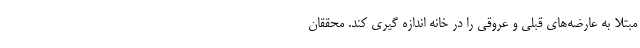
مبتلا به عارضه‌های قبلی و عروقی را در خانه اندازه گیری کند. محققان